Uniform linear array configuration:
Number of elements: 64
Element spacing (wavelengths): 0.25
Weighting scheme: binomial
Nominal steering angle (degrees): -15
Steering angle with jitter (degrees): -13.518
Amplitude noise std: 0.05
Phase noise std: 0.05

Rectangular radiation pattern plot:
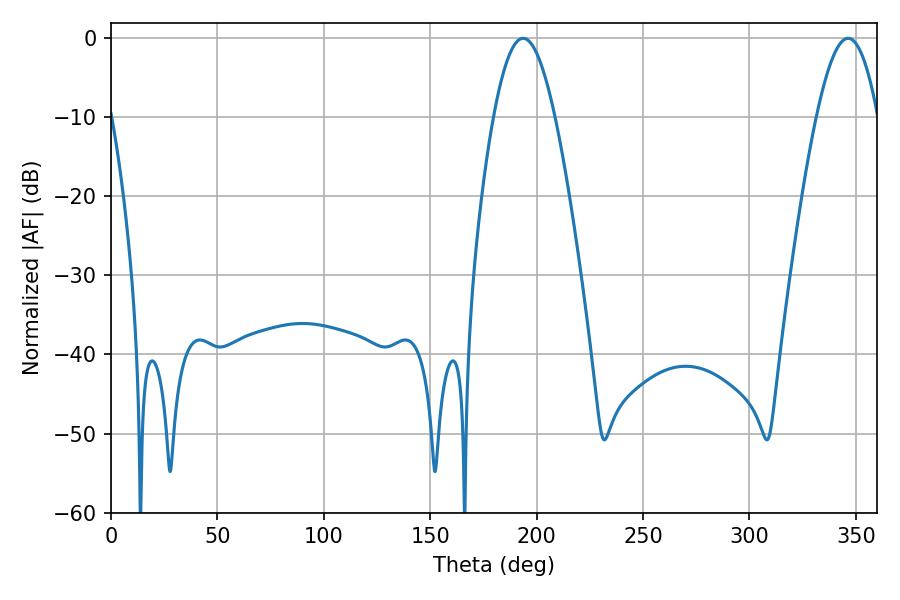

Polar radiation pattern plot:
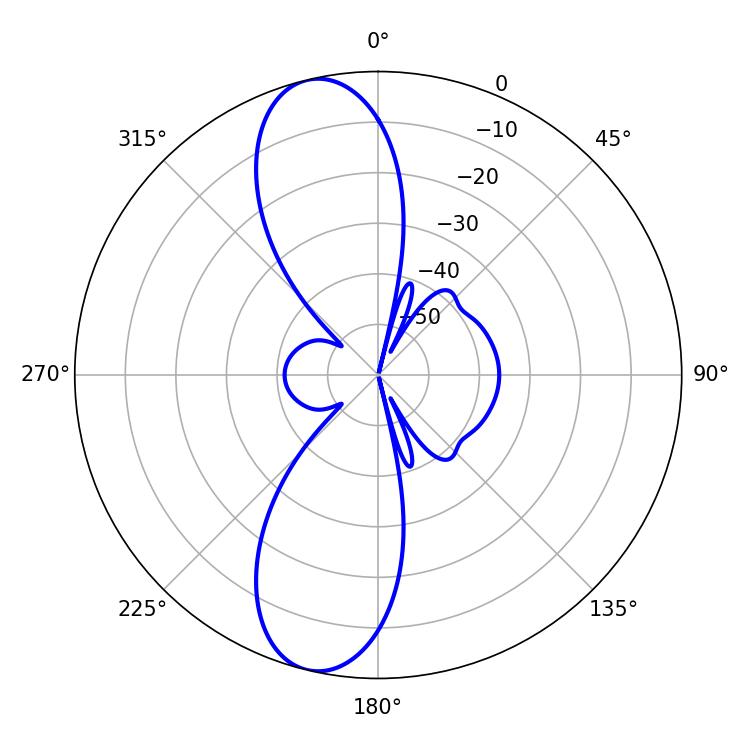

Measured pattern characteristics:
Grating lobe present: FALSE
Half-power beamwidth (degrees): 15.66
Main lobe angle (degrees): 193.68